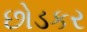
છોડકર